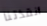
أنقذتنا